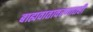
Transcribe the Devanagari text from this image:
बाह्यवातावरणातही